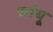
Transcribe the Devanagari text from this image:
भांबू